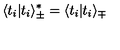
\langle t _ { i } | t _ { i } \rangle _ { \pm } ^ { * } = \langle t _ { i } | t _ { i } \rangle _ { \mp }